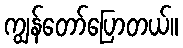
ကျွန်တော်ပြောတယ်။